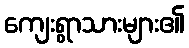
ကျေးရွာသားများ၏